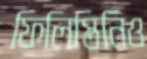
ফিলিস্তিনিও